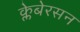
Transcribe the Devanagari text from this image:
क्लेबेरसन